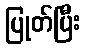
ပြုတ်ပြီး